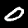
Label: 0